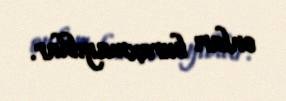
onları buraxmayıblar.